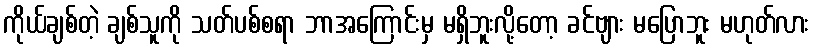
ကိုယ်ချစ်တဲ့ ချစ်သူကို သတ်ပစ်စရာ ဘာအကြောင်းမှ မရှိဘူးလို့တော့ ခင်ဗျား မပြောဘူး မဟုတ်လား